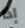
إذا